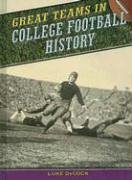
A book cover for Great Teams in College Football History; Luke DeCock; Children's Books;